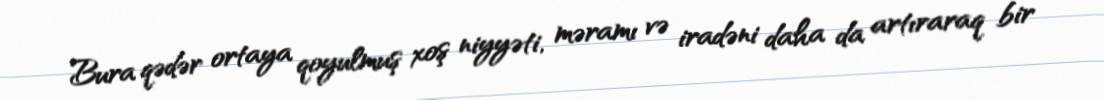
Bura qədər ortaya qoyulmuş xoş niyyəti, məramı və iradəni daha da artıraraq bir